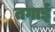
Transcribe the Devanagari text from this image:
तगाई